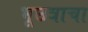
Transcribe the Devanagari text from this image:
भूछत्राचा